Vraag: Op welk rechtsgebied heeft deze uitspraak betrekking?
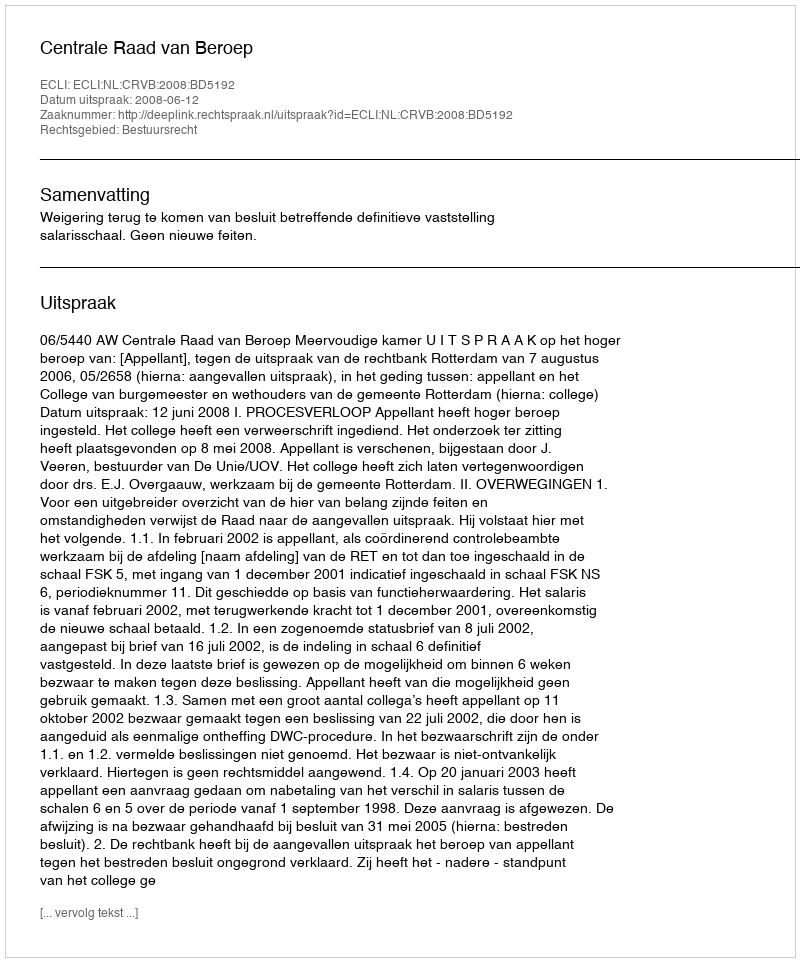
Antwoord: Bestuursrecht